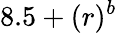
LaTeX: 8.5+(r)^{b}